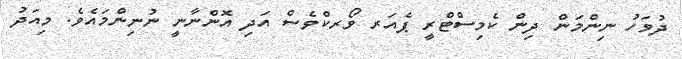
ދުވަހު ނިންމަން ދިން ކެމިސްޓްރީ ޕެއަރ ވޯރކްވެސް އަދި އޮންނާނީ ނުނިންމައެވެ. މިއަދު